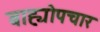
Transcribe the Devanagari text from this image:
बाह्योपचार